Report of the Indian Hemp Drugs Commission, 1894-1895 - Volume VII
Year: 1894
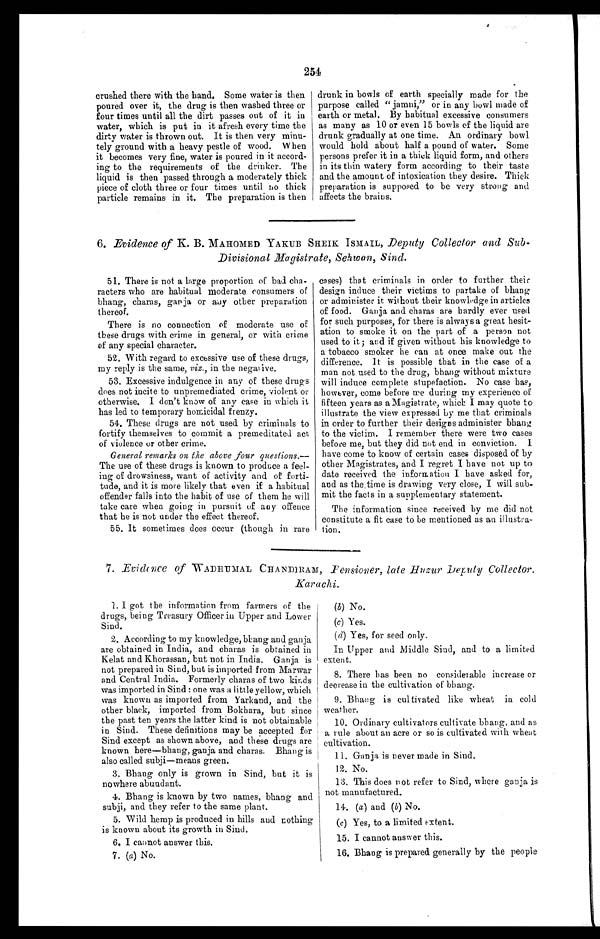
254
crushed there with the hand. Some water is then
poured over it, the drug is then washed three or
four times until all the dirt passes out of it in
water, which is put in it afresh every time the
dirty water is thrown out. It is then very minu-
tely ground with a heavy pestle of wood. When
it becomes very fine, water is poured in it accord-
ing to the requirements of the drinker. The
liquid is then passed through a moderately thick
piece of cloth three or four times until no thick
particle remains in it. The preparation is then
drunk in bowls of earth specially made for the
purpose called " jamni," or in any bowl made of
earth or metal. By habitual excessive consumers
as many as 10 or even 15 bowls of the liquid are
drunk gradually at one time. An ordinary bowl
would bold about half a pound of water. Some
persons prefer it in a thick liquid form, and others
in its thin watery form according to their taste
and the amount of intoxication they desire. Thick
preparation is supposed to be very strong and
affects the brains.
6. Evidence of K. B. MAHOMED YAKUB SHEIK ISMAIL, Deputy Collector and Sub
-
Divisional Magistrate, Schwan, Sind.
51. There is not a large proportion of bad cha-
racters who are habitual moderate consumers of
bhang, charas, ganja or any other preparation
thereof.
There is no connection of moderate use of
these drugs with crime in general, or with crime
of any special character.
52. With regard to excessive use of these drugs,
my reply is the same, viz., in the negative.
53. Excessive indulgence in any of these drugs
does not incite to unpremediated crime, violent or
otherwise. I don't know of any ease in which it
has led to temporary homicidal frenzy.
54. These drugs are not used by criminals to
fortify themselves to commit a premeditated act
of violence or other crime.
General remarks on the above four questions.
— The use of these drugs is known to produce a feel-
ing of drowsiness, want of activity and of forti-
tude, and it is more likely that even if a habitual
offender falls into the habit of use of them he will
take care when going in pursuit of any offence
that he is not under the effect thereof.
55. It sometimes does occur (though in rare
cases) that criminals in order to further their
design induce their victims to partake of bhang
or administer it without their knowledge in articles
of food. Ganja and charas are hardly ever used
for such purposes, for there is always a great hesit-
ation to smoke it on the part of a person not
used to it; and if given without his knowledge to
a tobacco smoker he can at once make out the
difference. It is possible that in the case of a
man not used to the drug, bhang without mixture
will induce complete stupefaction. No case has,
however, come before me during my experience of
fifteen years as a Magistrate, which I may quote to
illustrate the view expressed by me that criminals
in order to further their designs administer bhang
to the victim. I remember there were two cases
before me, but they did not end in conviction. I
have come to know of certain cases disposed of by
other Magistrates, and I regret I have not up to
date received the information I have asked for,
and as the time is drawing very close, I will sub-
mit the facts in a supplementary statement.
The information since received by me did not
constitute a fit case to be mentioned as an illustra-
tion.
7. Evidence of WADHUMAL CHANDIRAM, Pensioner, late Huzur Deputy Collector.
Karachi.
1. I got the information from farmers of the
drugs, being Treasury Officer in Upper and Lower
Sind.
2. According to my knowledge, bhang and ganja
are obtained in India, and charas is obtained in
Kelat and Khorassan, but pot in India. Ganja is
not prepared in Sind, but is imported from Marwar
and Central India. Formerly charas of two kinds
was imported in Sind : one was a little yellow, which
was known as imported from Yarkand, and the
other black, imported from Bokhara, but since
the past ten years the latter kind is not obtainable
in Sind. These definitions may be accepted for
Sind except as shown above, and these drugs are
known here— bhang, ganja and charas. Bhang is
also called subji — means green.
3. Bhang only is grown in Sind, but it is
nowhere abundant.
4. Bhang is known by two names, bhang and
subji, and they refer to the same plant.
5. Wild hemp is produced in hills and nothing
is known about its growth in Sind.
6. I cannot answer this.
7. (a) No.
(b) (b) No.
(c) Yes.
(d) Yes, for seed only.
In Upper and Middle Sind, and to a limited
extent.
8. There has been no considerable increase or
decrease in the cultivation of bhang.
9.
Bhang is cultivated like wheat in cold
weather.
10. Ordinary cultivators cultivate bhang and as
a rule about an acre or so is cultivated with wheat
cultivation.
11. Ganja is never made in Sind.
12. No.
13. This does not refer to Sind, where ganja is
not manufactured.
14. (a ) and ( b) No.
(c ) Yes, to a limited extent.
15. I cannot answer this.
16. Bhang is prepared generally by the people